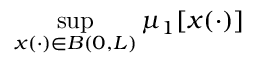
\operatorname* { s u p } _ { x ( \cdot ) \in B ( 0 , L ) } \mu _ { 1 } \lbrack x ( \cdot ) \rbrack